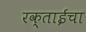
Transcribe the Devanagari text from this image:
रक्ताईचा